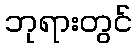
ဘုရားတွင်